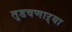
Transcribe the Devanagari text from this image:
तुडवणाऱ्या